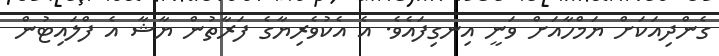
ގެންދިއަކަށް ޔަމްހާއަށް ވަނީ އިނގިފައެވެ. އެ އެކުވެރިޔާގެ ފަރާތުން ޔާޝާ އެ ފްލައިޓުން